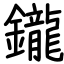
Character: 鑨